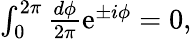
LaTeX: \begin{array}{r}{\int_{0}^{2\pi}\frac{d\phi}{2\pi}\mathrm{e}^{\pm i\phi}=0,}\end{array}